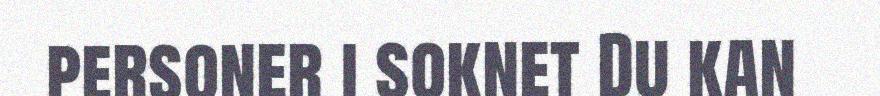
personer i soknet Du kan